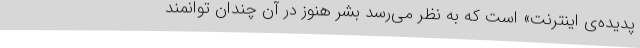
پدیده‌‌‌ی اینترنت» است که به نظر می‌رسد بشر هنوز در‌ آن چندان توانمند